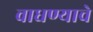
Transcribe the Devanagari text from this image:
वाधण्याचे